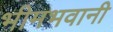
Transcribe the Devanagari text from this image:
भीमभवानी